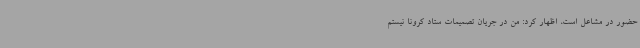
حضور در مشاعل است، اظهار کرد: من در جریان تصمیمات ستاد کرونا نیستم